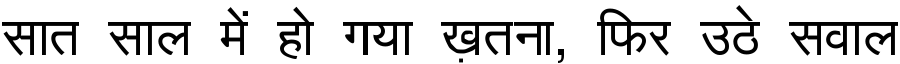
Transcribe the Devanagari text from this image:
सात साल में हो गया ख़तना, फिर उठे सवाल